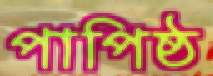
পাপিষ্ঠ